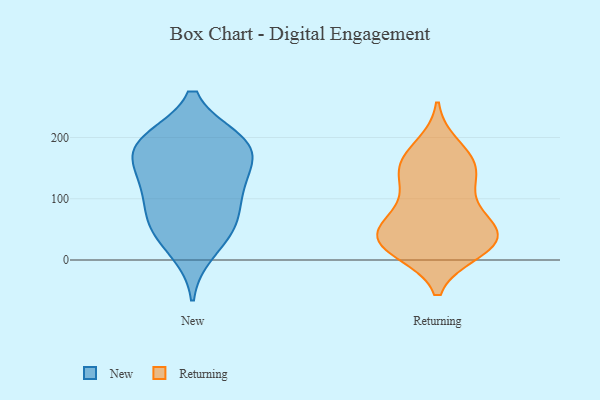
{"axis": {"x": "Humidity (%)", "y": "Value"}, "legend": ["New", "Returning"], "data": [{"x": "", "y": 181, "type": "New"}, {"x": "", "y": 98, "type": "New"}, {"x": "", "y": 122, "type": "New"}, {"x": "", "y": 182, "type": "New"}, {"x": "", "y": 59, "type": "New"}, {"x": "", "y": 194, "type": "New"}, {"x": "", "y": 62, "type": "New"}, {"x": "", "y": 126, "type": "New"}, {"x": "", "y": 195, "type": "New"}, {"x": "", "y": 146, "type": "New"}, {"x": "", "y": 50, "type": "New"}, {"x": "", "y": 14, "type": "New"}, {"x": "", "y": 190, "type": "New"}, {"x": "", "y": 86, "type": "Returning"}, {"x": "", "y": 21, "type": "Returning"}, {"x": "", "y": 56, "type": "Returning"}, {"x": "", "y": 120, "type": "Returning"}, {"x": "", "y": 54, "type": "Returning"}, {"x": "", "y": 185, "type": "Returning"}, {"x": "", "y": 154, "type": "Returning"}, {"x": "", "y": 65, "type": "Returning"}, {"x": "", "y": 32, "type": "Returning"}, {"x": "", "y": 28, "type": "Returning"}, {"x": "", "y": 15, "type": "Returning"}, {"x": "", "y": 30, "type": "Returning"}, {"x": "", "y": 137, "type": "Returning"}, {"x": "", "y": 29, "type": "Returning"}, {"x": "", "y": 166, "type": "Returning"}, {"x": "", "y": 150, "type": "Returning"}]}